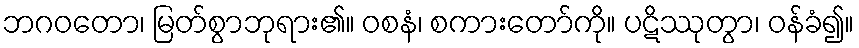
ဘဂဝတော၊ မြတ်စွာဘုရား၏။ ဝစနံ၊ စကားတော်ကို။ ပဋိဿုတွာ၊ ဝန်ခံ၍။